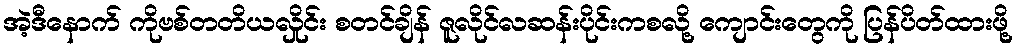
အဲ့ဒီနောက် ကိုဗစ်တတိယလှိုင်း စတင်ချိန် ဇူလိုင်လဆန်းပိုင်းကစလို့ ကျောင်းတွေကို ပြန်ပိတ်ထားဖို့